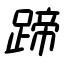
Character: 蹄